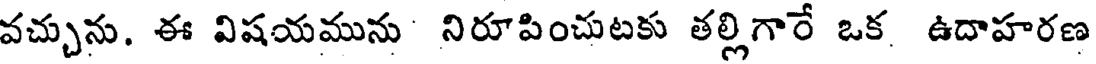
వచ్చును. ఈ విషయమును నిరూపించుటకు తల్లిగారే ఒక ఉదాహరణ